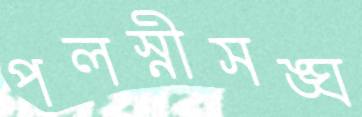
পলস্নীসঙ্ঘ